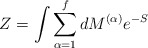
\begin{align*}Z = \int \sum^f_{\alpha=1} dM^{(\alpha)} e^{-S}\end{align*}